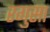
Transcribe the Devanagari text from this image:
रगुसा